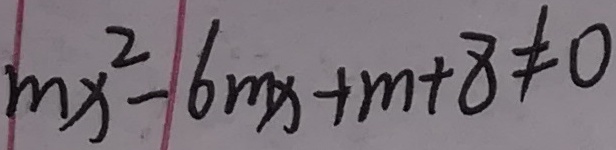
m x ^ { 2 } - 6 m x + m + 8 \neq 0